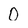
Character: 0